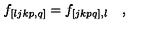
f _ { [ l j k p , q ] } = f _ { [ j k p q ] , l } \quad ,